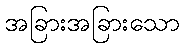
အခြားအခြားသော